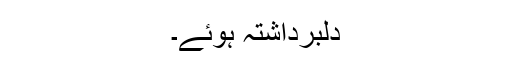
دلبرداشتہ ہوئے۔